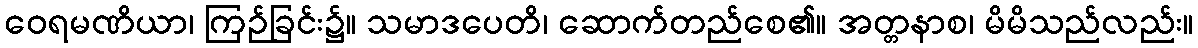
ဝေရမဏိယာ၊ ကြဉ်ခြင်း၌။ သမာဒပေတိ၊ ဆောက်တည်စေ၏။ အတ္တနာစ၊ မိမိသည်လည်း။